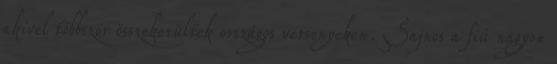
akivel többször összekerültek országos versenyeken. Sajnos a fiú nagyon